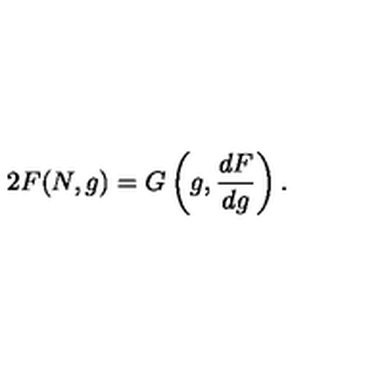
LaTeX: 2 F ( N , g ) = G \left( g , \frac { d F } { d g } \right) .